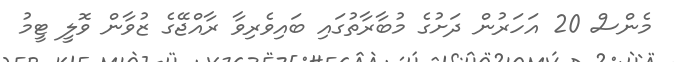
މެންސް 20 އަހަރުން ދަށުގެ މުބާރާތުގައި ބައިވެރިވާ ރާއްޖޭގެ ޒުވާން ވޮލީ ޓީމު